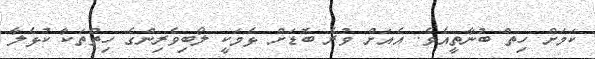
ކަމަށް ހިތް ބުނާތީއެވެ. އެއަށް ވުރެ ބޮޑަށް ޅެމަކީ ލޯބިވެރިންގެ ހިތްތަކާ ކުޅެލާ